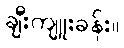
ချီးကျူးခန်း။